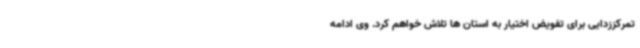
تمرکززدایی برای تفویض اختیار به استان ها تلاش خواهم کرد. وی ادامه